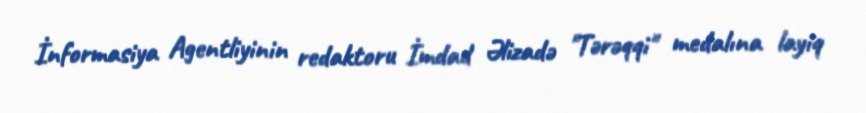
İnformasiya Agentliyinin redaktoru İmdad Əlizadə "Tərəqqi" medalına layiq